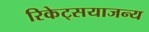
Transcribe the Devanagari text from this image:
रिकेट्सयाजन्य